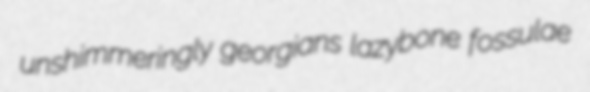
unshimmeringly georgians lazybone fossulae